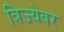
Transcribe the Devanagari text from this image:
त्रिज्येवर